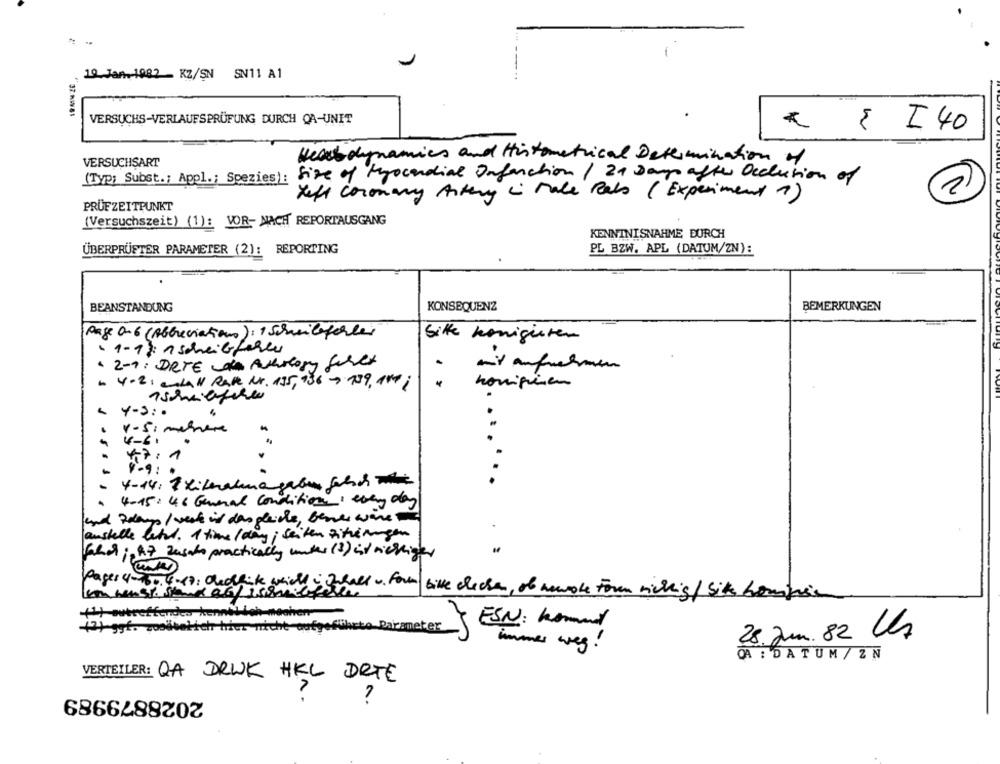
19 Jan.1982 - KZ/SN SN11 A1
37.RING1
VERSUCHS-VERLAUFSPRÜFUNG DURCH QA-UNIT
I40
Heatdynamics and Histometrical Determination of
2
VERSUCHSART
(Typ: Subst .; Appl .; Spezies): Size of Myocardial Infarction / 21 Days after Occlusion of
Heft Coronary Artery & Make Rats (Experiment 7)
PRÜFZEITPUNKT
(Versuchszeit) (1): VOR- MACH REPORTAUSGANG
KENNTNISNAHME DURCH
ÜBERPRÜFTER PARAMETER (2): REPORTING
PL BZW. APL (DATUM/ZN):
BEANSTANDUNG
KONSEQUENZ
BEMERKUNGEN
Page 0-6 (Abbreviations) : 1 Scheibeforler
Silke koniguten
·1-17: n schreibfehler
2-1: DETE Averlory geret
mix aufnehmen
$ 4-21 andal Rape Nr. 135, 936 7 139, 160 ;
kompisen
4-3 : -
v-5: mehrere
4 - 6
4-9 :·
4-14, 7 Literalmageben fchch
..
4-15: 46 General Conditions: every day
and Rolup / werk id das gleiche, Benes wäre
anstelle lett. 1 time / day ; seiten zitreningen
Valor ;, a7 Zasaho practically under (3) in richtiger
Pages 4-950. 6-17: Cedrik which i Shall w. form bike checken, of newoke Form richtig/ site bombie
the rest. shand ab Lissmilf
her
+ggf. goodsetich hier nicht aufgefWi
ter
ESN: kommet
28 ann. 82 Us
immer weg !
CA : DATUM / ZN
VERTEILER: QA DRUK HKL DETE
2028879989